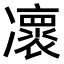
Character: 𠘠